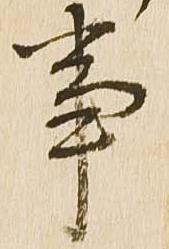
事